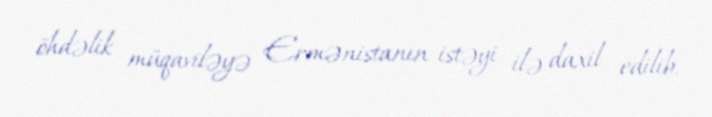
öhdəlik müqaviləyə Ermənistanın istəyi ilə daxil edilib.